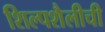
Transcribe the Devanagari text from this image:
शिल्पशैलीची